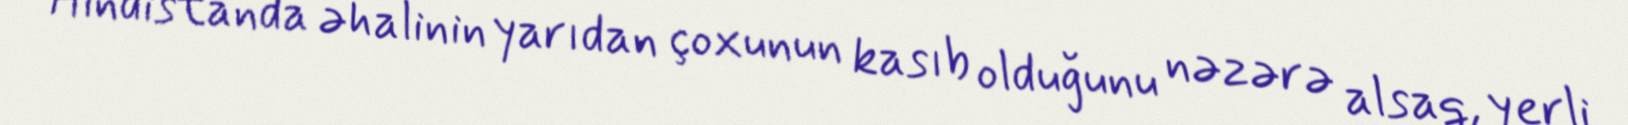
Hindistanda əhalinin yarıdan çoxunun kasıb olduğunu nəzərə alsaq, yerli